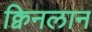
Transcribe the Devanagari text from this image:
क्विनलान